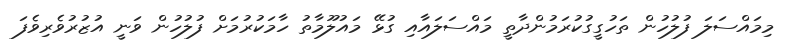
މިމައްސަލަ ފުލުހުން ތަހުގީގުކުރަމުންދާތީ މައްސަލައާއި ގުޅޭ މައުލޫމާތު ހާމަކުރުމަށް ފުލުހުން ވަނީ އުޒުރުވެރިވެފަ